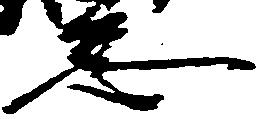
怠